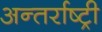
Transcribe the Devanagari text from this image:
अन्तर्राष्ट्री